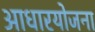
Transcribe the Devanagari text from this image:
आधारयोजना